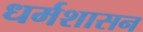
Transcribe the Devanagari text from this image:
धर्मशासन